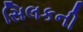
સિલકની